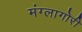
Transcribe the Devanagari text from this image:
मंग्लागोरी